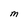
Character: m